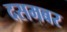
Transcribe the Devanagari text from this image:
दसमबर